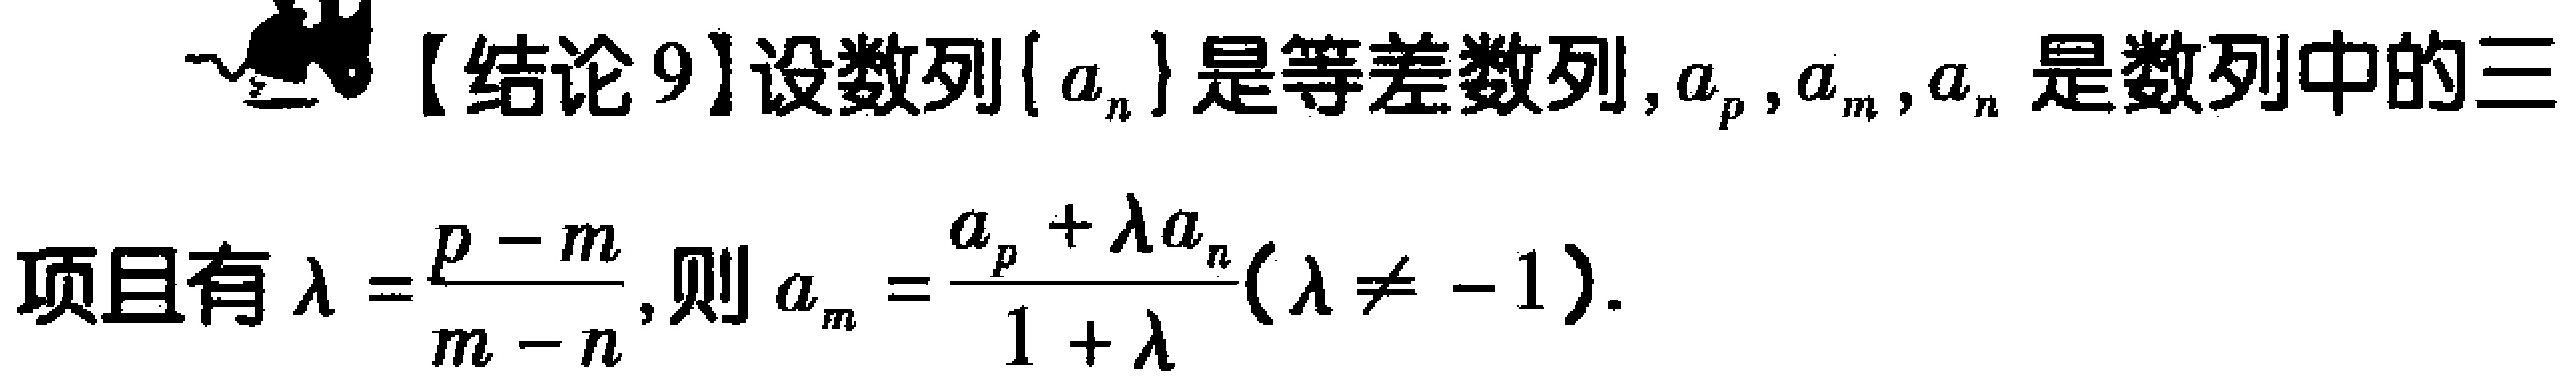
【结论9】设数列\(\{ a_{n}\}\)是等差数列，\(a_{p},a_{m},a_{n}\)是数列中的三项且有\(\lambda = \frac{p - m}{m - n}\)，则\(a_{m}=\frac{a_{p}+\lambda a_{n}}{1 + \lambda}(\lambda\neq - 1)\)。